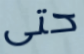
حتى